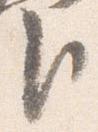
臣